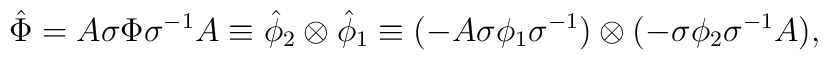
{\hat{\Phi}}=A\sigma {\Phi}{\sigma}^{-1}A \equiv{\hat{\phi}}_2\otimes {\hat{\phi}}_1\equiv(-A\sigma{\phi}_1 {\sigma}^{-1}) \otimes(-\sigma {\phi}_2 {\sigma}^{-1}A),